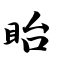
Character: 眙